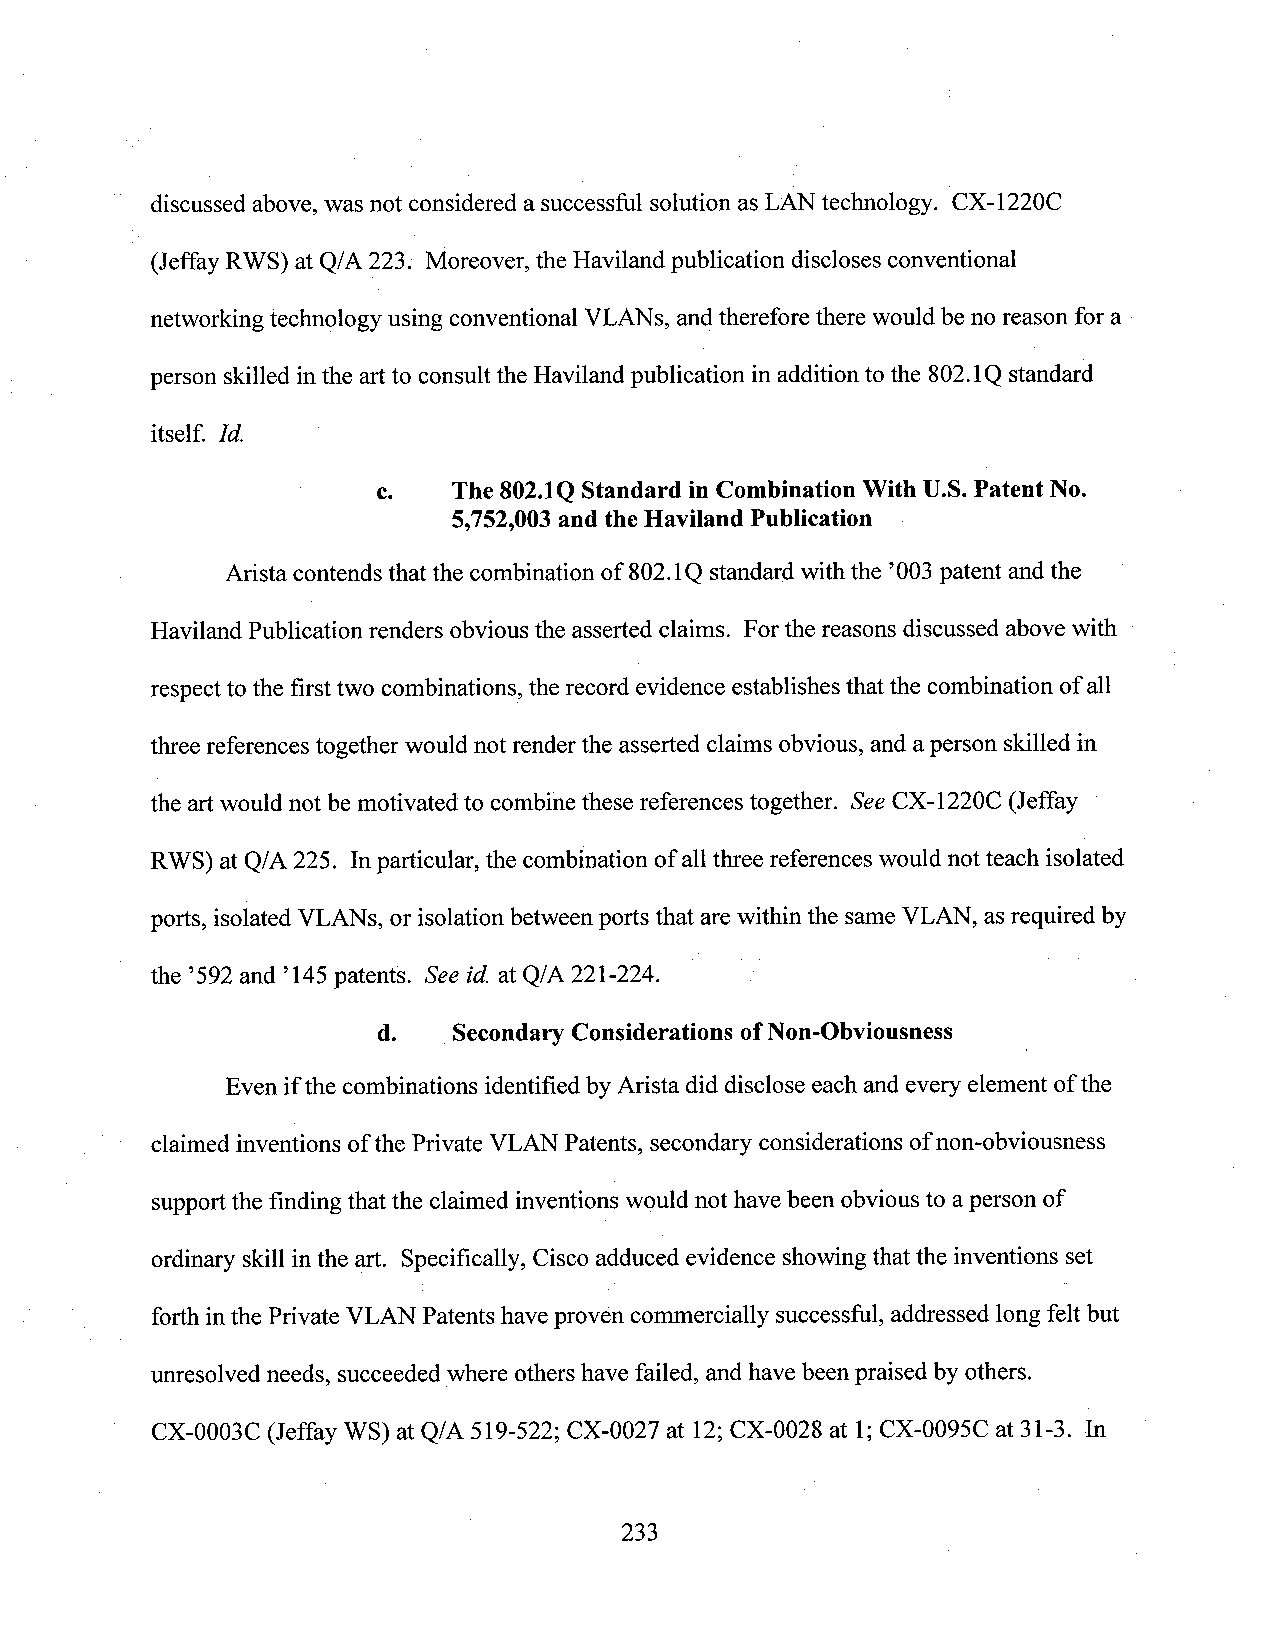
discussed above,was not considered a successful solution as LANtechnology. CX-1220C
 (Jeffay RWS) at Q/A 223. Moreover, the Haviland publication discloses conventional
 networking technology using conventional VLANS,and therefore there would be no reason for a
 person skilled inthe artto consult the Haviland publication in addition to the 802.1Q standard
 itself. Id.
 c.   The 802.1QStandard in Combination With U.S.Patent No.
 5,752,003and the Haviland Publication ­
 Arista contends that the combination of 802.1Q standard with the ’OO3patent and the '
 Haviland Publication renders obvious the asserted claims. Forthe reasons discussed above with
 respectto the first two combinations, the record evidence establishesthat the combination of all
 threereferences together would not renderthe asserted claims obvious, and aperson skilled in
 the artwould not be motivated to combinethese references together. SeeCX-1220C (Jeffay
 RWS) at Q/A 225. Inparticular, the combination of all three references would not teach isolated
 ports, isolated VLANs, or isolation between ports that arewithin the sameVLAN, asrequired by
 the ’592and ’l45 patents. See id. at Q/A 221-224.
 d.   Secondary Considerations ofNon-Obviousness
 Even ifthe combinations identifiedby Arista did disclose eachand every element ofthe
 claimedinventions ofthe Private VLANPatents, secondary considerationsofnon-obviousness
 supportthe finding that the claimed inventionswould nothave been obviousto aperson of
 ordinary skill inthe art. Specifically, Cisco adduced evidence showing thatthe inventions set
 forthinthe Private VLAN Patents haveproven commercially successful, addressed long felt but
 unresolved needs, succeeded where othershave failed, and have been praised by others.
 CX-0003C (Jeffay WS) at Q/A 519-522; CX-0027 at 12;CX-0028 at 1;CX-0095C at 31-3. In
 233